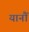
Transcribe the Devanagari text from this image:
यानौं